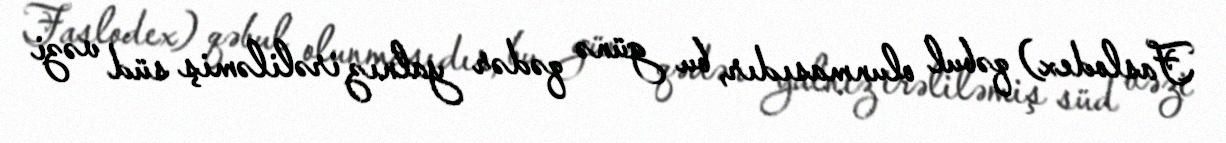
Faslodex) qəbul olunmasıdır, bu günə qədər yalnız irəliləmiş süd vəzi